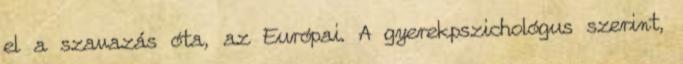
el a szavazás óta, az Európai. A gyerekpszichológus szerint,